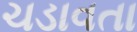
ચડાવતા